255_413270_UFO's_and_Defense_What_Should_we_Prepare_For
Agency: NASA
Page 93
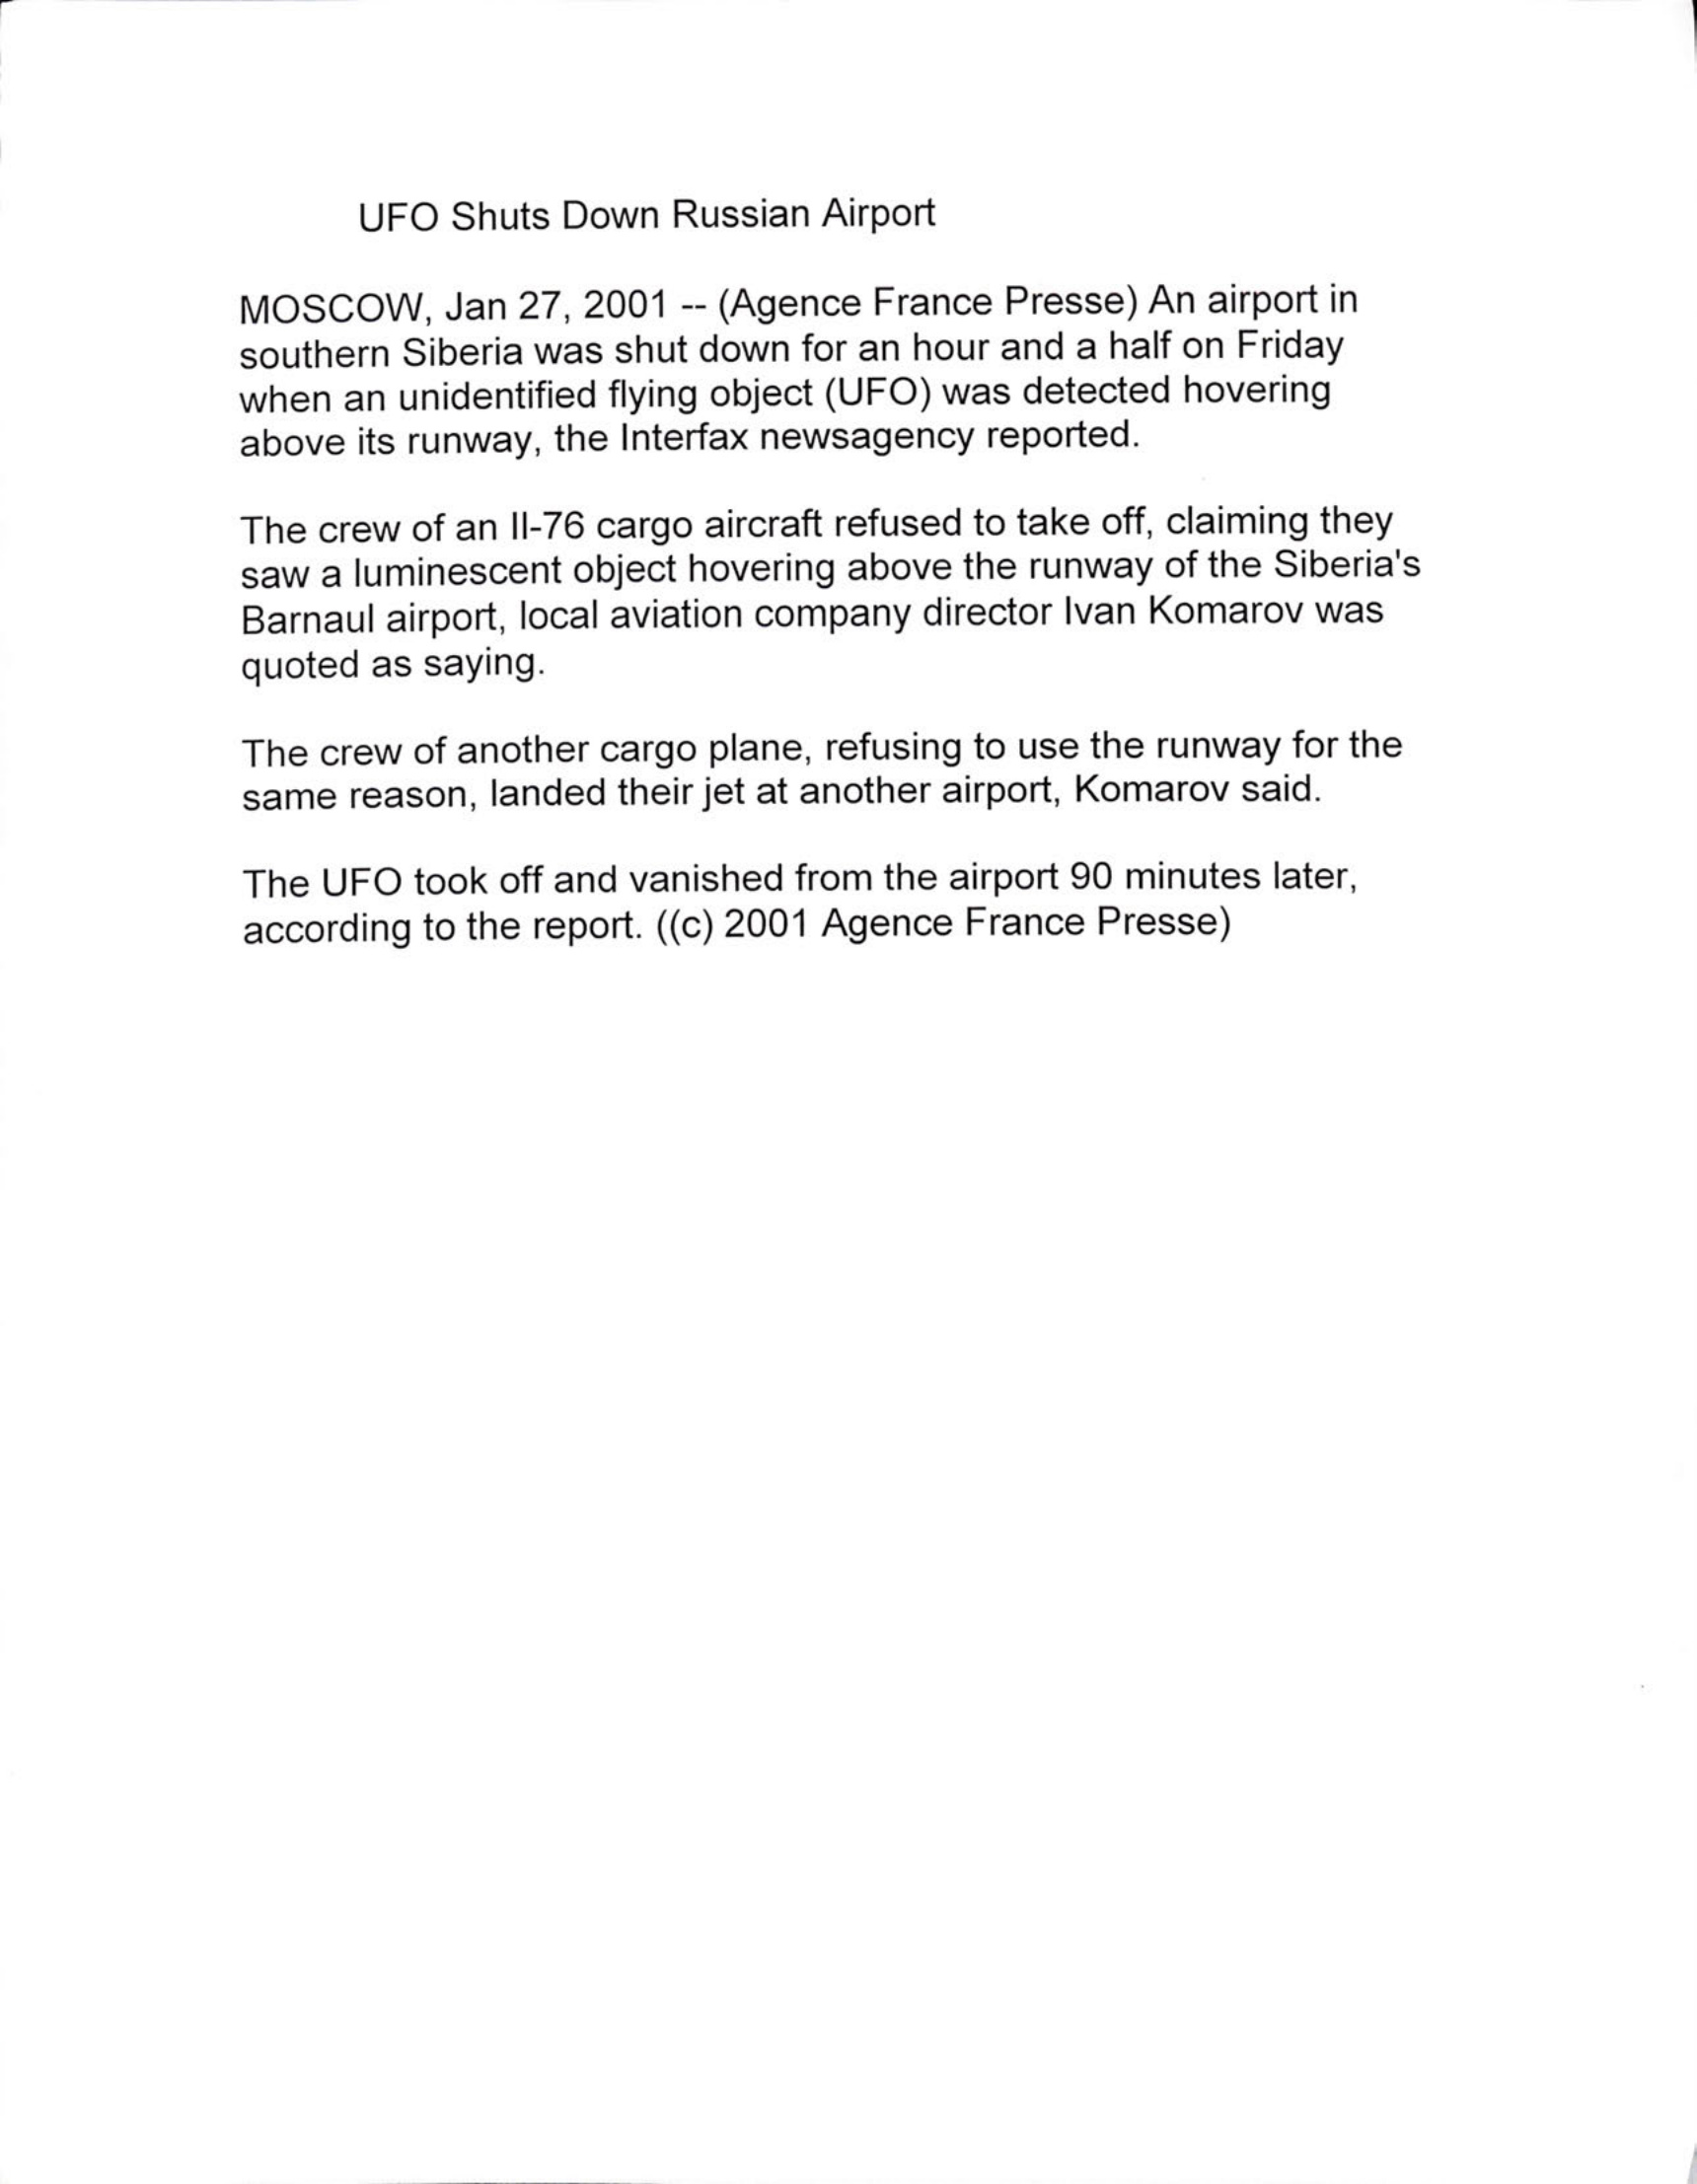